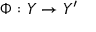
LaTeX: \Phi : Y \to Y ^ { \prime }